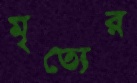
মৃত্যের